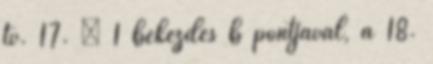
tv. 17. § 1 bekezdés b pontjával, a 18.